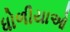
ધોળીયાઓ